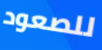
للصعود